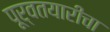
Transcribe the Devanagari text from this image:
पूर्वतयारीचा